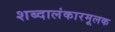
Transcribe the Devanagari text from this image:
शब्दालंकारमूलक